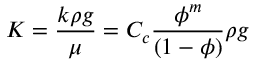
K = \frac { k \rho g } { \mu } = C _ { c } \frac { \phi ^ { m } } { ( 1 - \phi ) } \rho g